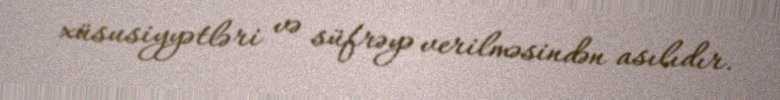
xüsusiyyətləri və süfrəyə verilməsindən asılıdır.